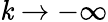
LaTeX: \mathit{k}\to-\infty